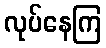
လုပ်နေကြ